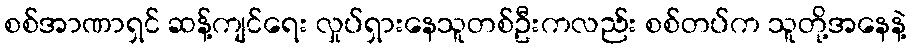
စစ်အာဏာရှင် ဆန့်ကျင်ရေး လှုပ်ရှားနေသူတစ်ဦးကလည်း စစ်တပ်က သူတို့အနေနဲ့